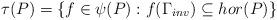
LaTeX: \begin{align*}\tau (P)=\{f\in \psi (P):f(\Gamma_{inv})\subseteq hor(P)\}\end{align*}